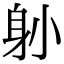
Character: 𨈓